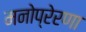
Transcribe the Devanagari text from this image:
मनोप्रेरणा